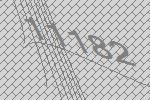
11182